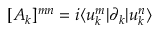
[ A _ { k } ] ^ { m n } = i \langle u _ { k } ^ { m } | \partial _ { k } | u _ { k } ^ { n } \rangle